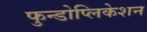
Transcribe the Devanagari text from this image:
फुन्डोप्लिकेशन